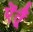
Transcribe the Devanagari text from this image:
ऐंतूँ